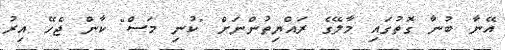
އޭނާ ބުނާ ގޮތުގައި މާލޭގެ ރައްޔިތުންނަށް "ކުނި މަސް" ކާން ޖެހޭ އިރު